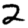
Digit: 2